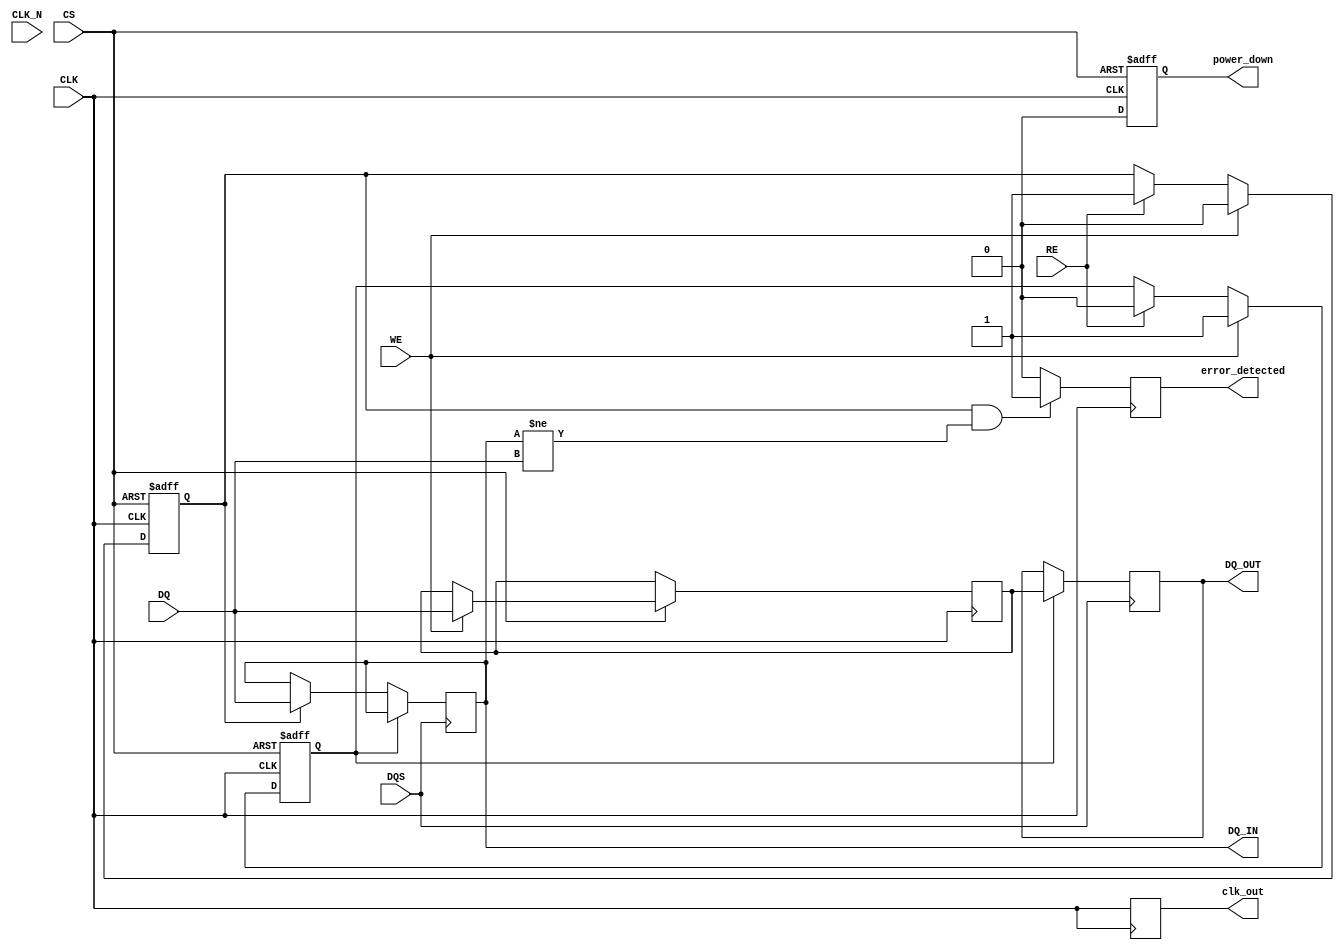
module gddr2_io_block (
    input wire [15:0] DQ,            // Data signals
    input wire CLK,                   // Differential clock input
    input wire CLK_N,                 // Differential clock input (inverted)
    input wire CS,                    // Chip select
    input wire WE,                    // Write enable
    input wire RE,                    // Read enable
    input wire DQS,                   // Data strobe
    output reg [15:0] DQ_OUT,         // Data output
    output reg [15:0] DQ_IN,          // Data input
    output reg clk_out,               // Clock output
    output reg power_down,            // Power management signal
    output reg error_detected         // Error detection signal
);

// Internal signals
reg [15:0] data_buffer;              // Buffer for data transfer
reg [15:0] data_out;                 // Data output register
reg read_mode;                       // Read mode flag
reg write_mode;                      // Write mode flag

// Power management controls
always @(posedge CLK or negedge CS) begin
    if (!CS) begin
        power_down <= 1'b1;          // Power down when CS is low
    end else begin
        power_down <= 1'b0;          // Active when CS is high
    end
end

// Clock output management
always @(posedge CLK) begin
    clk_out <= CLK;                   // Pass through clock
end

// Control logic for read and write operations
always @(posedge CLK or negedge CS) begin
    if (!CS) begin
        read_mode <= 1'b0;
        write_mode <= 1'b0;
    end else begin
        if (WE) begin
            write_mode <= 1'b1;       // Set write mode
            read_mode <= 1'b0;
            data_buffer <= DQ;        // Capture data on write
        end else if (RE) begin
            read_mode <= 1'b1;        // Set read mode
            write_mode <= 1'b0;
        end
    end
end

// Data path management
always @(posedge DQS) begin
    if (write_mode) begin
        DQ_OUT <= data_buffer;        // Output data on write
    end else if (read_mode) begin
        DQ_IN <= DQ;                  // Capture data on read
    end
end

// Error detection logic (simplified)
always @(posedge CLK) begin
    if (read_mode && (DQ_IN != DQ)) begin
        error_detected <= 1'b1;       // Set error if data mismatch
    end else begin
        error_detected <= 1'b0;       // Clear error
    end
end

endmodule